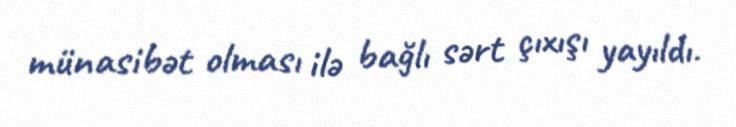
münasibət olması ilə bağlı sərt çıxışı yayıldı.